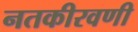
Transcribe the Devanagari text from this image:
नतकीरवणी